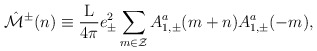
\begin{align*}\hat{\cal M}^{\pm}(n) \equiv \frac{\rm L}{4\pi} e_{\pm}^2\sum_{m \in \cal Z} A_{1,\pm}^a(m+n) A_{1,\pm}^a(-m),\end{align*}